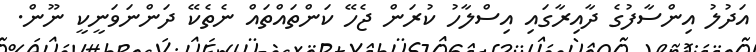
އަދުލު އިންސާފުގެ ދާއިރާގައި އިސްލާހު ކުރަން ޖެހޭ ކަންތައްތައް ނެތެކޭ ދަންނަވަނީކީ ނޫން.